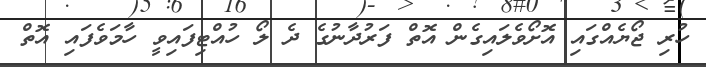
ހުރި ޖޯޔެއްގައި އޮށޯވެލައިގެން އޮތް ފަރުދާނުގެ ދެ ލޯ ހުއްޓިފައިވީ ހާމަވެފައި އޮތް